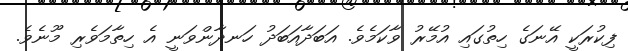
ފިކުރަކީ އޭނަގެ ހިތުގައި އުމޭރު ވާކަމެވެ. އަބަދާއަބަދު ހަނދާންވަނީ އެ ހިތާމަވެރި މޫނެވެ.